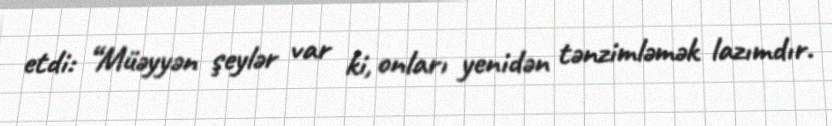
etdi: “Müəyyən şeylər var ki, onları yenidən tənzimləmək lazımdır.